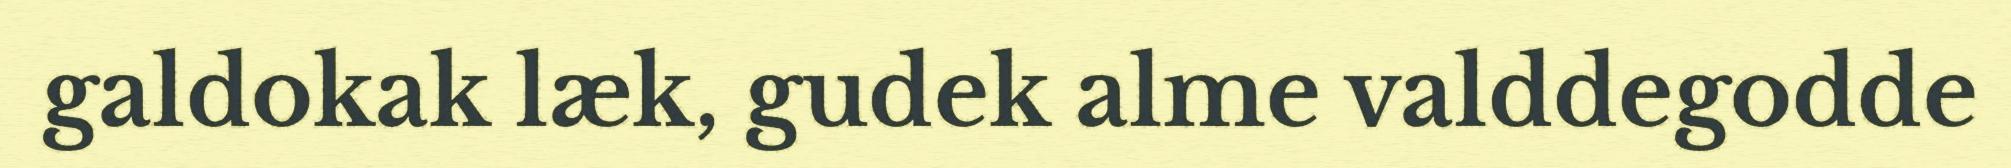
galdokak læk, gudek alme valddegodde